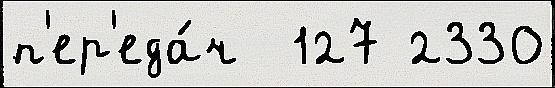
п'ер'еда́ч  127 2330